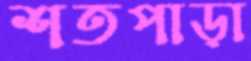
শতপাড়া